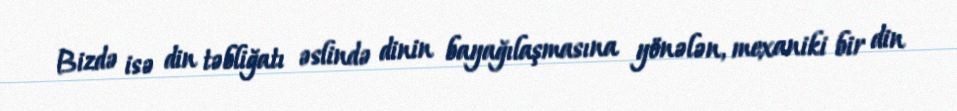
Bizdə isə din təbliğatı əslində dinin bayağılaşmasına yönələn, mexaniki bir din